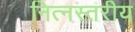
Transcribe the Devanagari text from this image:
नित्नस्तरीय